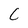
Character: C